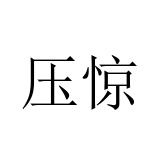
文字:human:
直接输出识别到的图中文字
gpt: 压惊